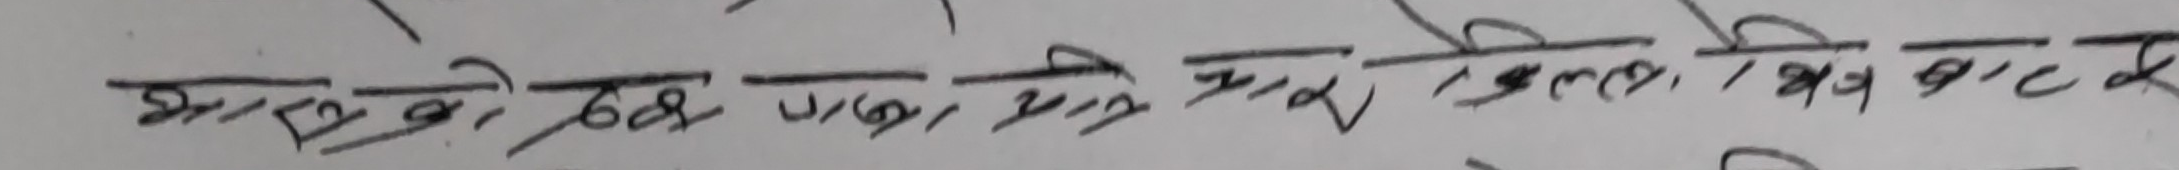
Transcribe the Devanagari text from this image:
भारख ८०८ जम प्रये ७४०१ ०९९० २४ बाए क